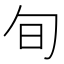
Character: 旬